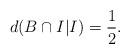
LaTeX: \begin{align*} d(B \cap I | I ) = \frac{1}{2}.\end{align*}